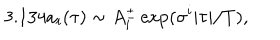
3 . 1 3 4 { a _ { i } } ( \tau ) \sim A _ { i } ^ { \pm } \exp ( \sigma ^ { i } | \tau | / T ) ,